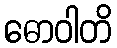
ဓောဝါတိ